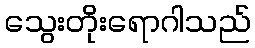
သွေးတိုးရောဂါသည်